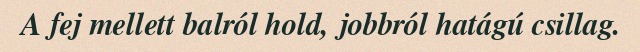
A fej mellett balról hold, jobbról hatágú csillag.